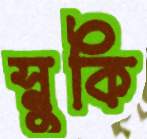
স্নুকি